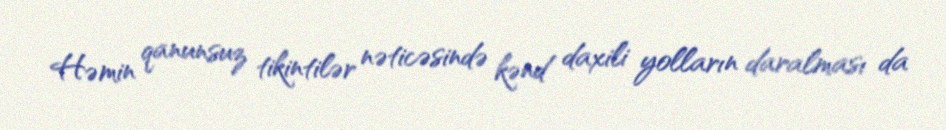
Həmin qanunsuz tikintilər nəticəsində kənd daxili yolların daralması da